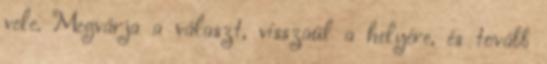
vele. Megvárja a választ, visszaül a helyére, és tovább